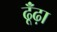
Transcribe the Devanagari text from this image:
ढूँंढ़ा